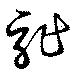
詐